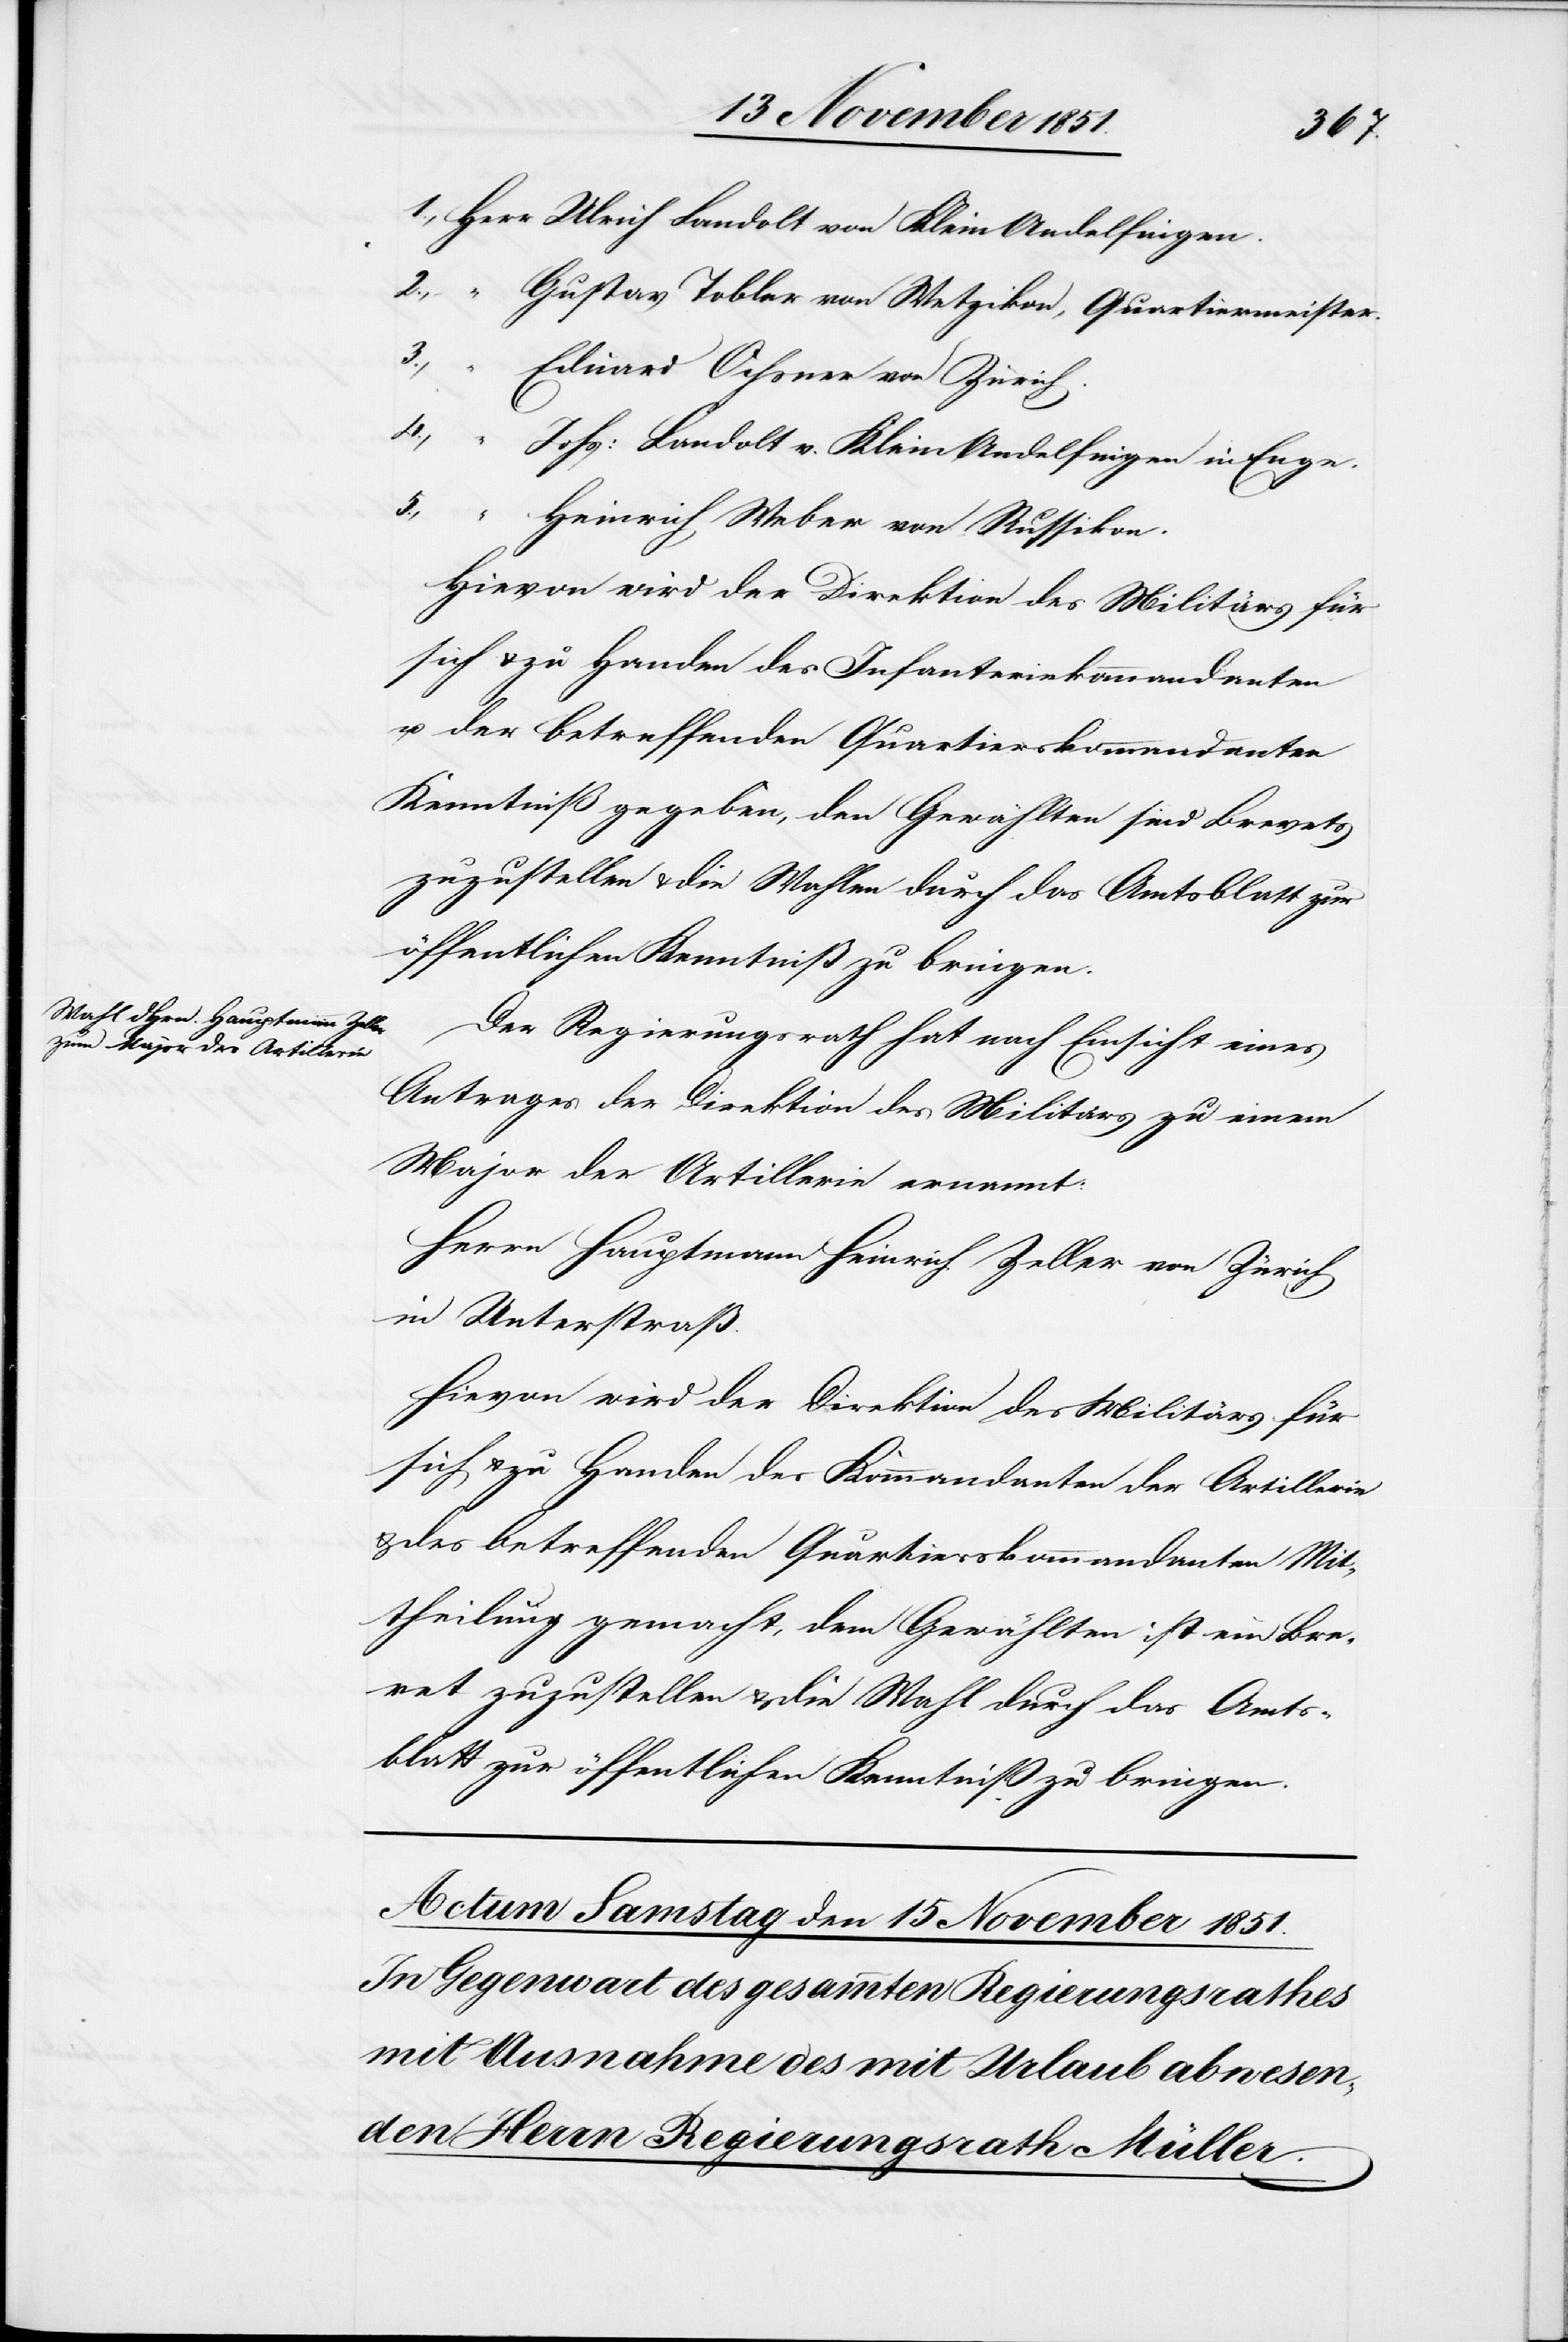
1., Herr Ulrich Landolt von Klein-Andelfingen.
2., “ Gustav Tobler von Wetzikon, Quartiermeister.
3., “ Eduard Ochsner von Zürich.
4.,
Johs: Landolt v. Klein-Andelfingen in Enge.
5., “ Heinrich Weber von Russikon.
Hievon wird der Direktion des Militärs für
sich & zu Handen des Infanteriekommandanten
u. der betreffenden Quartierskommandanten
Kenntniß gegeben, den Gewählten sind Brevets
zuzustellen & die Wahlen durch das Amtsblatt zur
öffentlichen Kenntniß zu bringen.
Der Regierungsrath hat nach Einsicht eines
Antrages der Direktion des Militärs zu einem
Major der Artillerie ernannt:
Herrn Hauptmann Heinrich Zeller von Zürich
in Unterstraß.
sich & zu Handen des Kommandanten der Artillerie
& des betreffenden Quartierskommandanten Mit¬
theilung gemacht, dem Gewählten ist ein Bre¬
vet zuzustellen & die Wahl durch das Amts¬
blatt zur öffentlichen Kenntniß zu bringen.